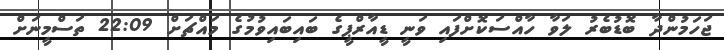
ޖަހަމުންދާ ބޮޑުބެރު ލަވާ ހާއްސަކޮށްފައި ވަނީ ޑީއާރްޕީގެ ބައިބައިވުމުގެ މައްޗަށް 22:09 ތަސްމީނަށް